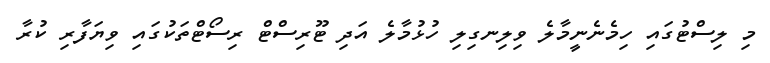
މި ލިސްޓުގައި ހިމެނެނީމާލެ ވިލިނގިލި ހުޅުމާލެ އަދި ޓޫރިސްޓް ރިސޯޓްތަކުގައި ވިޔަފާރި ކުރާ